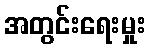
အတွင်းရေးမှုး